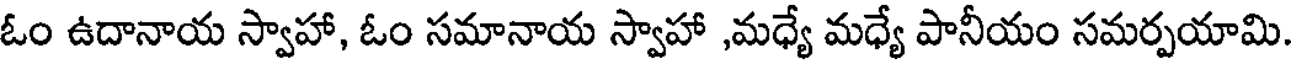
ఓం ఉదానాయ స్వాహా, ఓం సమానాయ స్వాహా ,మధ్యే మధ్యే పానీయం సమర్పయామి.